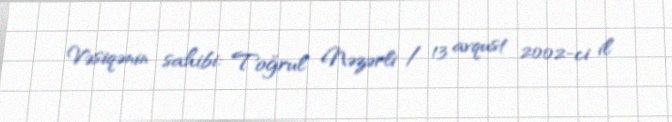
Vəsiqənin sahibi: Toğrul Nəzərli / 13 avqust 2002-ci il